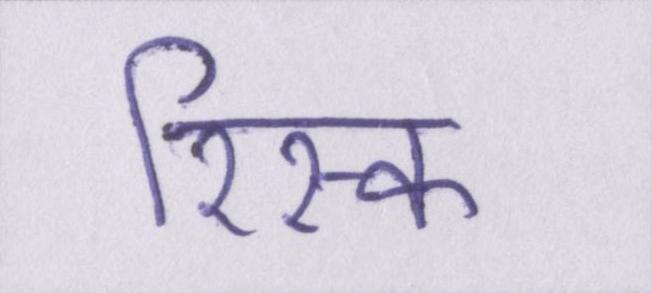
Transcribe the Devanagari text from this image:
रिस्क